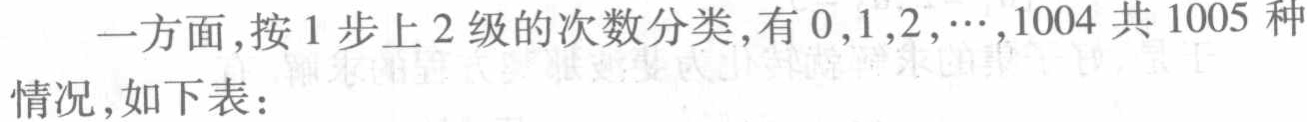
一方面，按 1 步上 2 级的次数分类，有 \(0,1,2,\cdots,1004\) 共 1005 种情况，如下表：